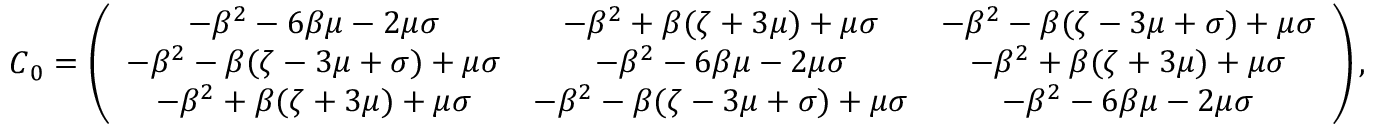
\begin{array} { r } { \boldsymbol C _ { 0 } = \left( \begin{array} { c c c } { - \beta ^ { 2 } - 6 \beta \mu - 2 \mu \sigma } & { - \beta ^ { 2 } + \beta ( \zeta + 3 \mu ) + \mu \sigma } & { - \beta ^ { 2 } - \beta ( \zeta - 3 \mu + \sigma ) + \mu \sigma } \\ { - \beta ^ { 2 } - \beta ( \zeta - 3 \mu + \sigma ) + \mu \sigma } & { - \beta ^ { 2 } - 6 \beta \mu - 2 \mu \sigma } & { - \beta ^ { 2 } + \beta ( \zeta + 3 \mu ) + \mu \sigma } \\ { - \beta ^ { 2 } + \beta ( \zeta + 3 \mu ) + \mu \sigma } & { - \beta ^ { 2 } - \beta ( \zeta - 3 \mu + \sigma ) + \mu \sigma } & { - \beta ^ { 2 } - 6 \beta \mu - 2 \mu \sigma } \end{array} \right) , } \end{array}